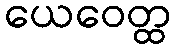
ယေဝေတ္ထ